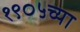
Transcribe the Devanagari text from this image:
१९०५च्या